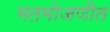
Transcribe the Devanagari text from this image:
मतमोजणीत